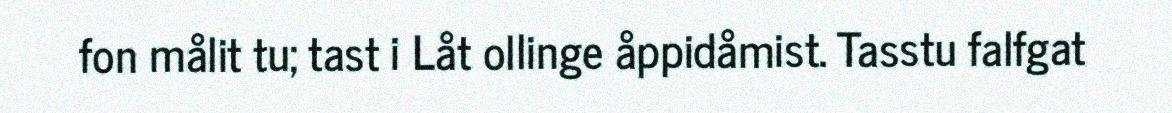
fon målit tu; tast i Låt ollinge åppidåmist. Tasstu falfgat